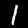
Label: 1